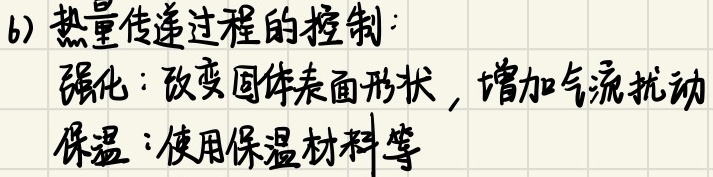
6) 热量传递过程的控制：
强化：改变固体表面形状，增加气流扰动
保温：使用保温材料等